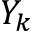
Y _ { k }